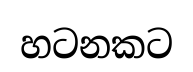
හටනකට